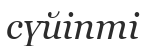
сүйіпті